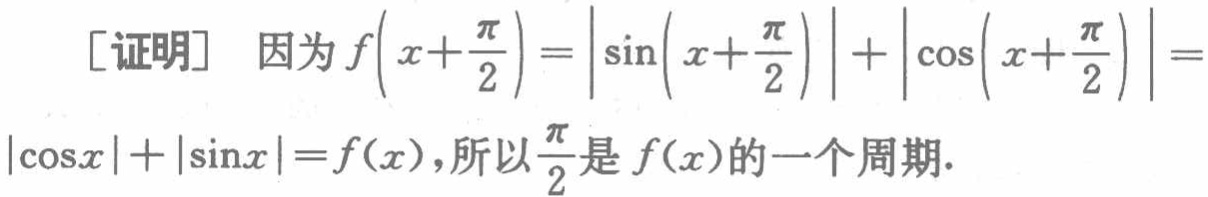
[证明] 因为\(f\left(x+\frac{\pi}{2}\right)=\left|\sin\left(x+\frac{\pi}{2}\right)\right|+\left|\cos\left(x+\frac{\pi}{2}\right)\right|=|\cos x|+|\sin x| = f(x)\)，所以\(\frac{\pi}{2}\)是\(f(x)\)的一个周期.